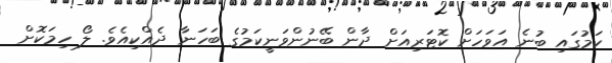
ކަމުގައި ބުނެ އަވަހަށް ކޮޓަރިއަށް ދާން ބޭނުންވަނީކަމުގެ ބަހަނާ ދެއްކިއެވެ. ލޯ ހިމަކޮށް